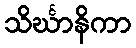
သိင်္ဃာနိကာ